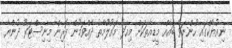
ނިއުޔޯކްގައި ހުންނަވާ ބައެއް މީޑިއާތަކަށް މިއަދު މައުލޫމާތު ދެއްވަމުން ފޮރިން މިނިސްޓަރު ދުންޔާ